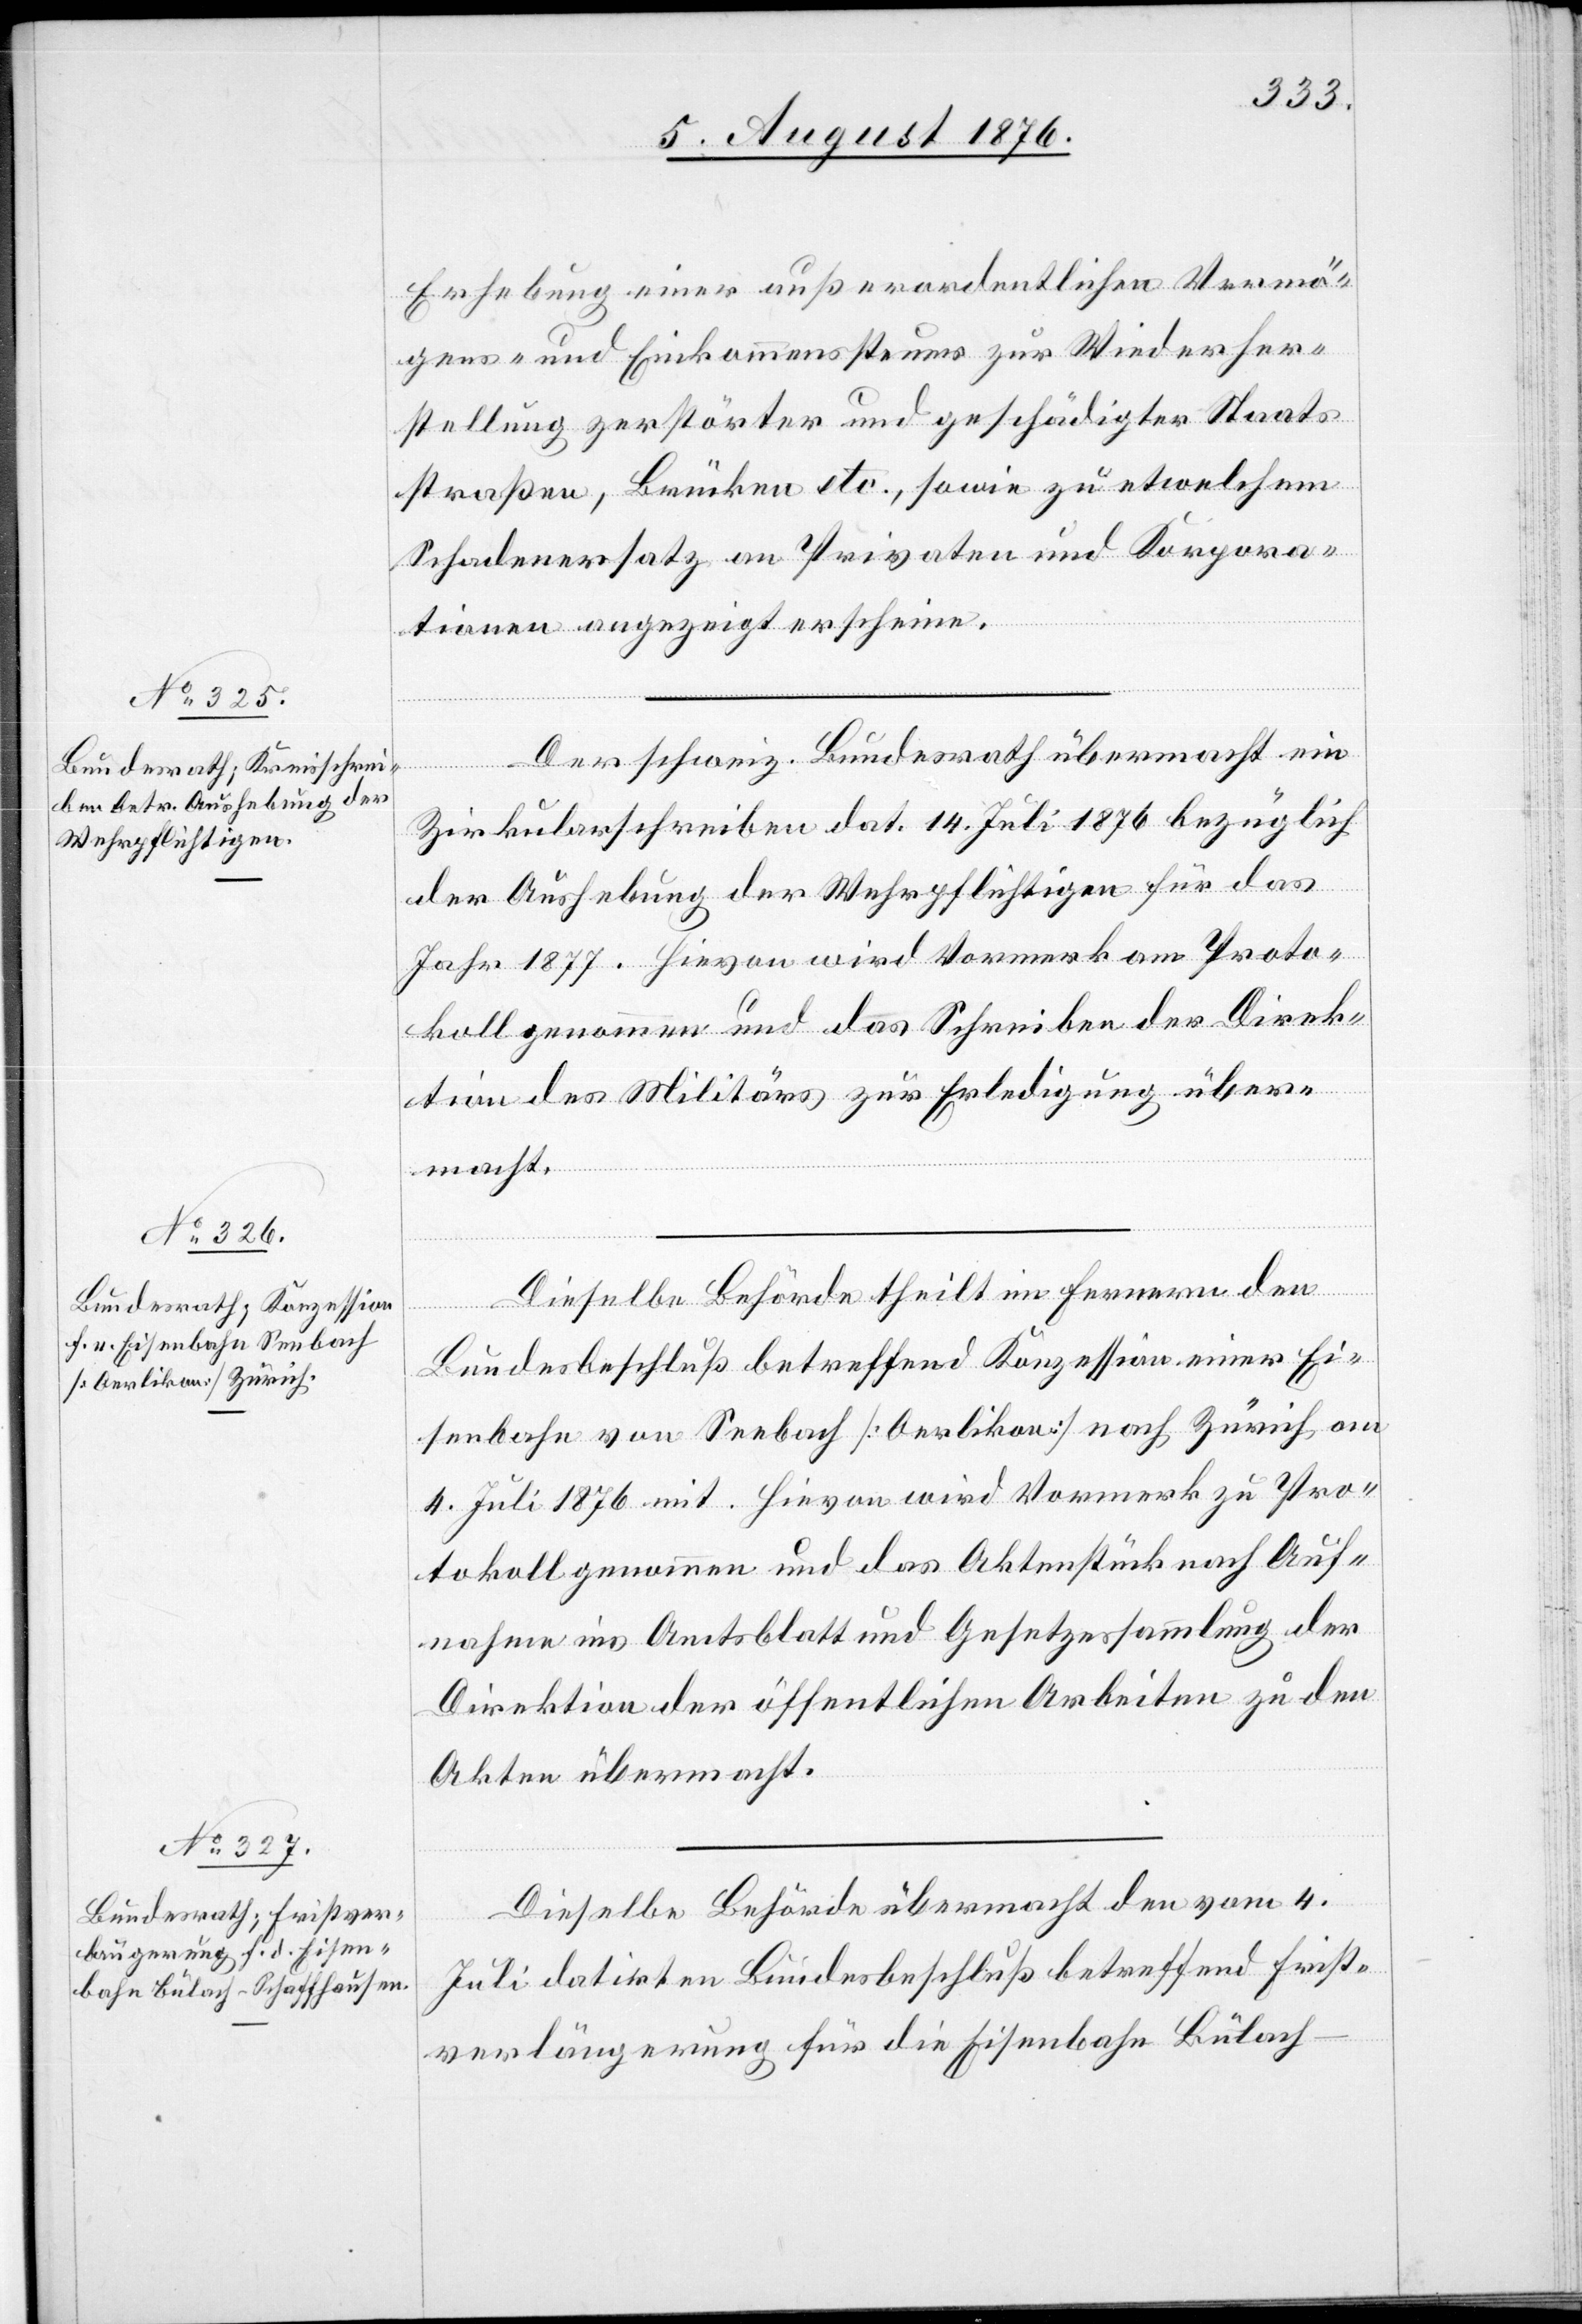
Erhebung einer außerordentlichen Vermö¬
gens- und Einkommenssteuer zur Wiederher¬
stellung zerstörter und geschädigter Staats¬
straßen, Brücken etc., sowie zu etwelchem
Schadenersatz an Privaten und Korpora¬
tionen angezeigt erscheine.
Der schweiz. Bundesrath übermacht ein
Zirkularschreiben dat. 14. Juli 1876 bezüglich
der Aushebung der Wehrpflichtigen für das
Jahr 1877. Hievon wird Vormerk am Proto¬
koll genommen und das Schreiben der Direk¬
tion des Militärs zur Erledigung über¬
macht.
Dieselbe Behörde theilt im Fernern den
Bundesbeschluß betreffend Konzession einer Ei¬
senbahn von Seebach [Oerlikon] nach Zürich am
4. Juli 1876 mit. Hievon wird Vormerk zu Pro¬
tokoll genommen und das Aktenstück nach Auf¬
nahme ins Amtsblatt und [in die] Gesetzessammlung der
Direktion der öffentlichen Arbeiten zu den
Akten übermacht.
Dieselbe Behörde übermacht den vom 4.
Juli datirten Bundesbeschluß betreffend Frist¬
verlängerung für die Eisenbahn Bülach–